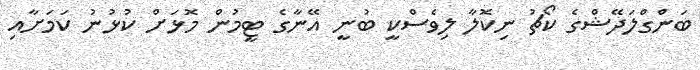
ބަންގްލަދޭޝްގެ ކޯޗު ނިކޮލާ ލިވެސްކީ ބުނީ އޭނާގެ ޓީމުން މޮޅަށް ކުޅުނު ކަމަށާއި